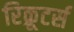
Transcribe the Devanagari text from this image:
रिक्रूटर्स